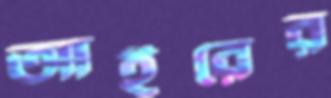
আইরের